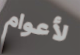
لأعوام